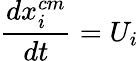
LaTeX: \frac{dx_{i}^{cm}}{dt}=U_{i}